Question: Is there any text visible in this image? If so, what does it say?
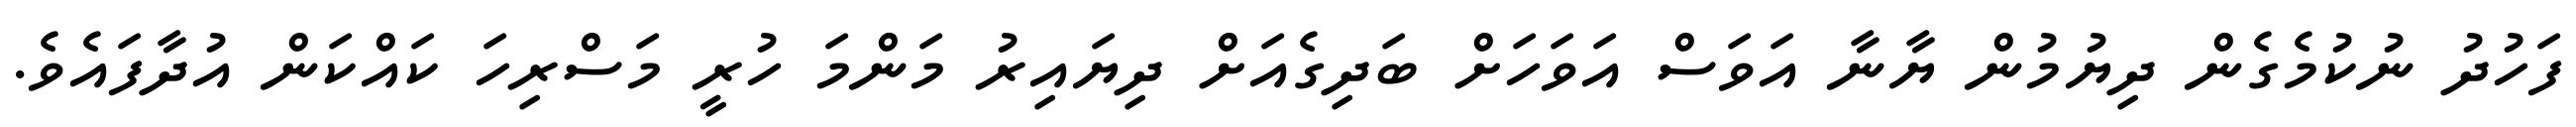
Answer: ފަހުދު ނުކުމެގެން ދިޔުމުން ޔާނާ އަވަސް އަވަހަށް ބަދިގެއަށް ދިޔައިރު މަންމަ ހުރީ މަސްރިހަ ކައްކަން އުދާފައެވެ.